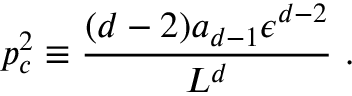
p _ { c } ^ { 2 } \equiv { \frac { ( d - 2 ) a _ { d - 1 } \epsilon ^ { d - 2 } } { L ^ { d } } } ~ .